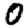
Digit: 0